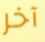
آخر